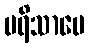
ပရိသာပေ